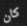
كان